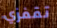
تقفزي